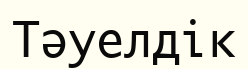
Тәуелдік